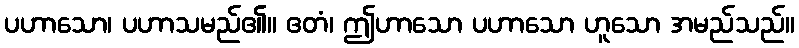
ပဟာသော၊ ပဟာသမည်၏။ ဧတံ၊ ဤဟာသော ပဟာသော ဟူသော အမည်သည်။